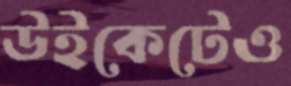
উইকেটেও